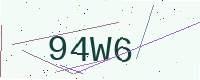
Text: 94W6